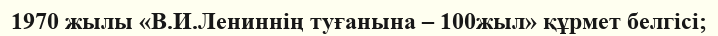
1970 жылы «В.И.Лениннің туғанына – 100жыл» құрмет белгісі;